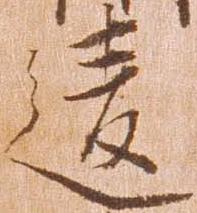
違